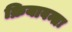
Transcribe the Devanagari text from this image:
क्रियावन्तः